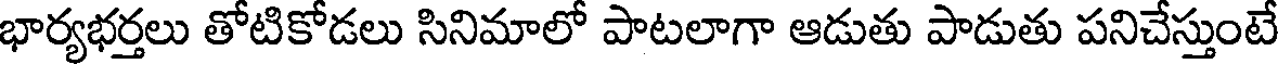
భార్యభర్తలు తోటికోడలు సినిమాలో పాటలాగా ఆడుతు పాడుతు పనిచేస్తుంటే